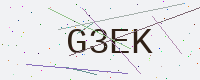
Text: G3EK